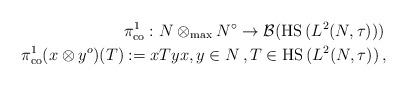
LaTeX: \begin{align*}&\pi^1_{\rm co}:N\otimes_{\rm max}N^\circ\rightarrow \mathcal{B}({\rm HS\, }(L^2(N,\tau))) \\\pi^1_{\rm co} (x\otimes y^o)(T)&:=xTyx, y\in N\, ,T\in {\rm HS\, }(L^2(N,\tau))\, , \\\end{align*}